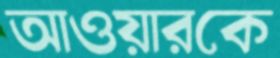
আওয়ারকে